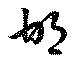
邯